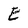
Character: E